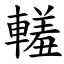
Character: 䡭